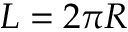
L = 2 \pi R